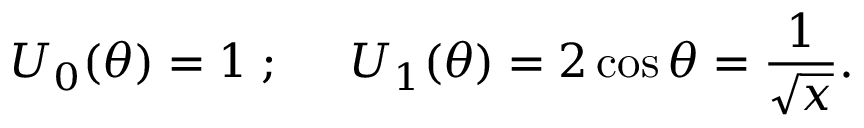
U _ { 0 } ( \theta ) = 1 \; ; \; \; \; \; \; U _ { 1 } ( \theta ) = 2 \cos \theta = \frac { 1 } { \sqrt x } .